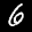
Label: 6